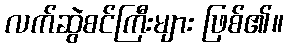
လက်ဆွဲစင်ကြီးများ ဖြစ်၏။